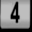
Digit: 4